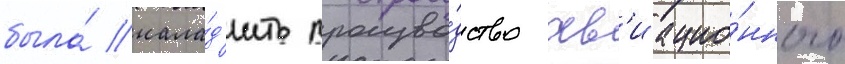
была́ нала́д'ить произво́дство ав'иацио́нного